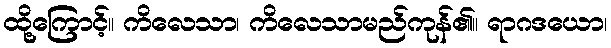
ထို့ကြောင့်။ ကိလေသာ၊ ကိလေသာမည်ကုန်၏။ ရာဂဒယော၊